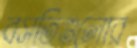
বসতিগুলোর